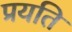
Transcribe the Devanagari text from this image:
प्रयति